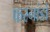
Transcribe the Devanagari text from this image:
फरनांडो